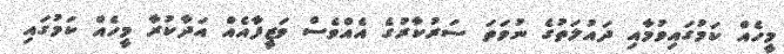
މީހެއް ކަމުގައިވުމާއި ދައުލަތުގެ ނުވަތަ ސަރުކާރުގެ އެއްވެސް ވަޒީފާއެއް އަދާކުރާ މީހެއް ކަމުގައި